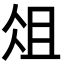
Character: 俎